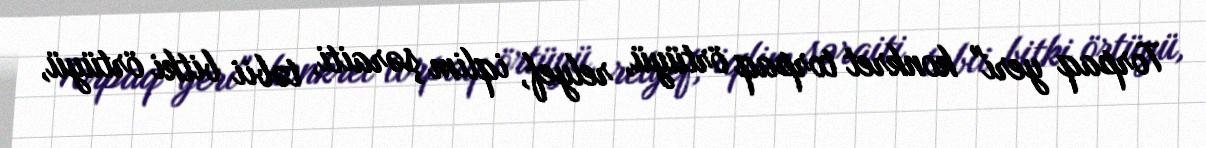
Torpaq yeri" konkret torpaq örtüyü, relyef, iqlim şəraiti, təbii bitki örtüyü,